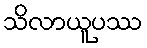
သိလာယူပဿ